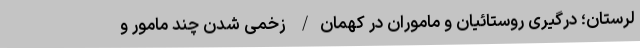
لرستان؛ درگیری روستائیان و ماموران در کهمان/ زخمی شدن چند مامور و